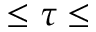
\leq \tau \leq